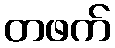
တဖက်